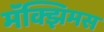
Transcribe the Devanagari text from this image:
मॅक्झिमस